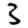
Digit: 3